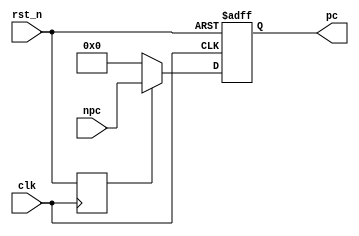
module PC(
    input [31:0]npc,
    input clk,
    input rst_n,
    output [31:0]pc
);

reg rst_n_reg;
reg [31:0]pc_reg;

assign pc=pc_reg;

always@(posedge clk)
begin
    rst_n_reg<=rst_n;    
end

always@(posedge clk or negedge rst_n)
begin
    if(~rst_n)
    begin
        pc_reg <= 0;
    end
    else if(~rst_n_reg)
    begin
        pc_reg <=0;
    end
    else
    begin
        pc_reg <= npc;
    end
end

endmodule